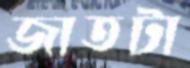
জাতটা